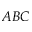
A B C